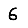
Digit: 6